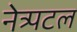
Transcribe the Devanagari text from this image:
नेत्र्पटल